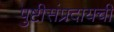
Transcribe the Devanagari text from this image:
पुष्टीसंप्रदायची